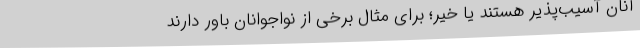
آنان آسیب‌پذیر هستند یا خیر؛ برای مثال برخی از نواجوانان باور دارند